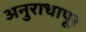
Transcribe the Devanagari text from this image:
अनुराधापूर